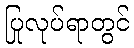
ပြုလုပ်ရာတွင်